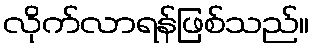
လိုက်လာရန်ဖြစ်သည်။